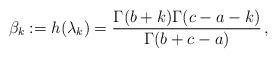
LaTeX: \begin{align*}\beta_{k}:=h(\lambda_{k})=\frac{\Gamma(b+k)\Gamma(c-a-k)}{\Gamma(b+c-a)}\,,\end{align*}